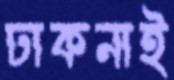
ঢাকনাই